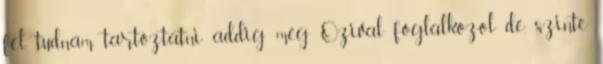
fel tudnám tartóztatni addig még Ozival foglalkozol de. szinte